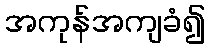
အကုန်အကျခံ၍